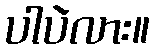
ပါပဲလား။